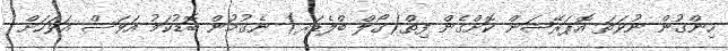
ހިންގުން ނުވަތަ އޮޕަރޭޝަން ކޮށްގެން ފިތް(ގޯލް ބްލެޑަރ) ނެގުމުން ބޮޑުކަމު އަވަސް އަވަހަށް